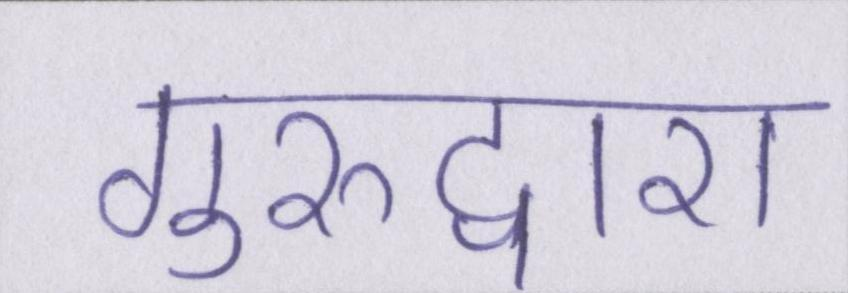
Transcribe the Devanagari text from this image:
गुरुद्वारा